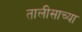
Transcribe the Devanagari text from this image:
तालीसाच्या